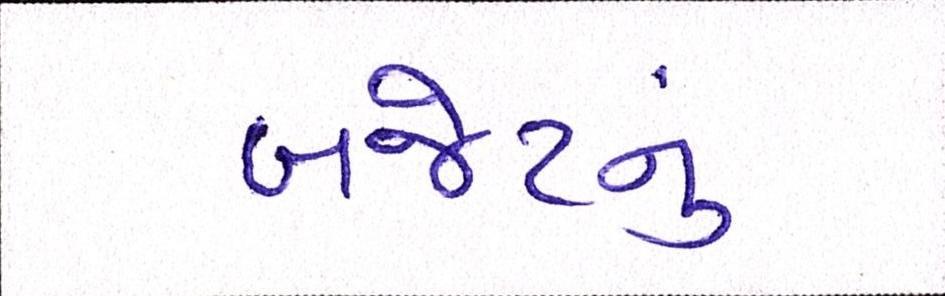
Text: બજેટનું